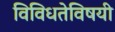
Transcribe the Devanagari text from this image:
विविधतेविषयी